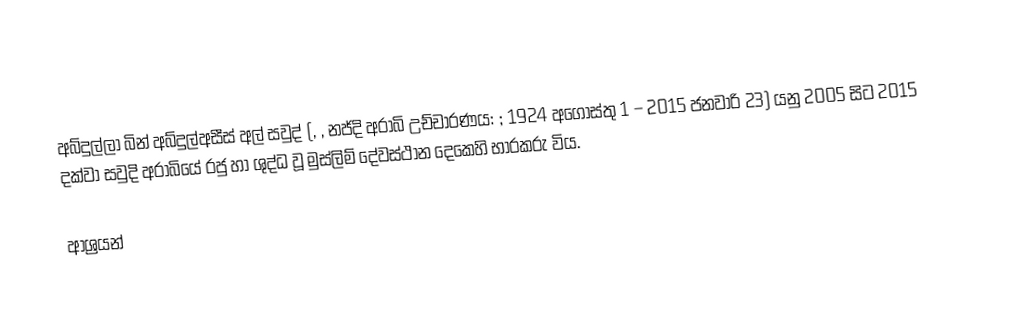
අබ්දුල්ලා බින් අබ්දුල්අසීස් අල් සවුද් (, , නජ්දි අරාබි උච්චාරණය: ; 1924 අගෝස්තු 1 – 2015 ජනවාරි 23) යනු 2005 සිට 2015 දක්වා සවුදි අරාබියේ රජු හා ශුද්ධ වූ මුස්ලිම් දේවස්ථාන දෙකෙහි භාරකරු විය.

ආශ්‍රයන්